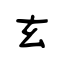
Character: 玄